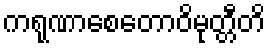
ကရုဏာစေတောဝိမုတ္တီတိ